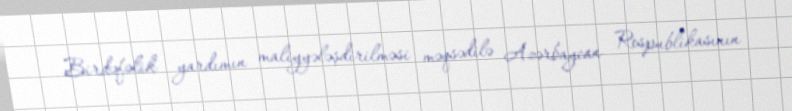
Birdəfəlik yardımın maliyyələşdirilməsi məqsədilə Azərbaycan Respublikasının